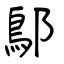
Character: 鄥